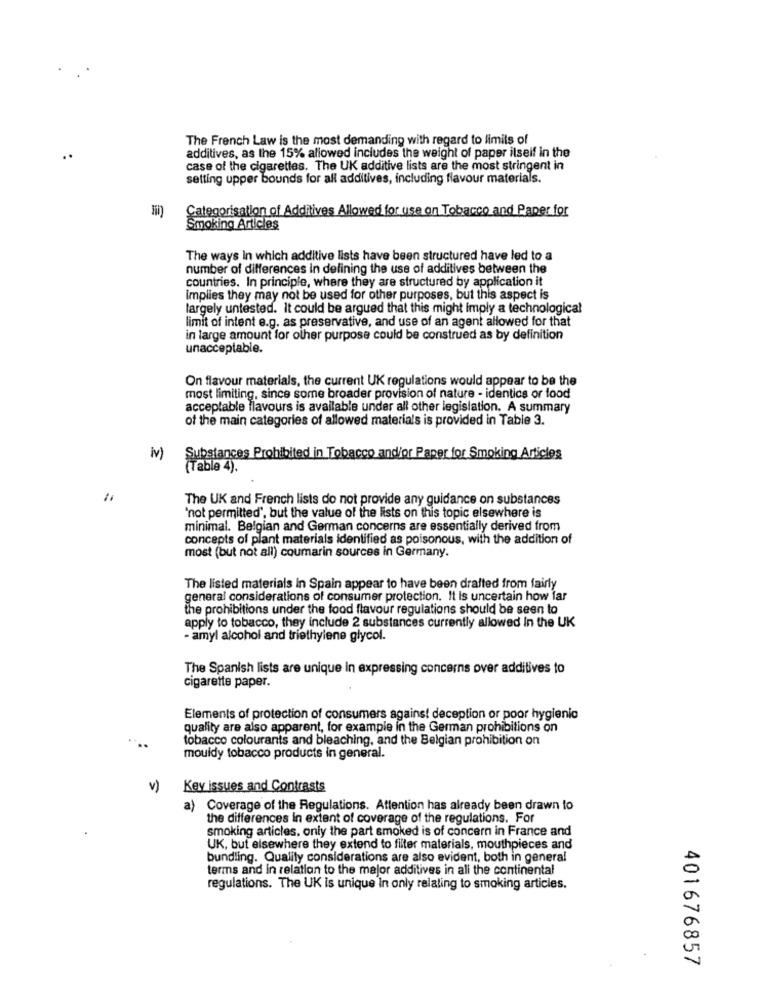
The French Law is the most demanding with regard to limits of
additives, as the 15% allowed includes the weight of paper itself in the
..
case of the cigarettes. The UK additive lists are the most stringent in
setting upper bounds for all additives, including flavour materials.
Categorisation of Additives Allowed for use on Tobacco and Paper for
Smoking Articles
The ways In which additive lists have been structured have led to a
number of differences in defining the use of additives between the
countries. In principle, where they are structured by application it
implies they may not be used for other purposes, but this aspect is
largely untested. It could be argued that this might Imply a technological
limit of intent e.g. as preservative, and use of an agent allowed for that
in large amount for other purpose could be construed as by definition
unacceptable.
On flavour materials, the current UK regulations would appear to be the
most limiting, since some broader provision of nature - identics or food
acceptable flavours is available under all other legislation. A summary
of the main categories of allowed materials is provided in Table 3.
iv)
Substances Prohibited in Tobacco and/or Paper for Smoking Articles
(Table 4).
The UK and French lists do not provide any guidance on substances
"not permitted", but the value of the lists on this topic elsewhere is
minimal. Belgian and German concerns are essentially derived from
concepts of plant materials identified as poisonous, with the addition of
most (but not all) coumarin sources in Germany.
The listed materials in Spain appear to have been drafted from fairly
general considerations of consumer protection. It Is uncertain how far
the prohibitions under the food flavour regulations should be seen to
apply to tobacco, they include 2 substances currently allowed In the UK
- amyl alcohol and triethylene glycol.
The Spanish lists are unique in expressing concerns over additives to
cigarette paper.
Elements of protection of consumers agains! deception or poor hygienic
quality are also apparent, for example in the German prohibitions on
tobacco colourants and bleaching, and the Belgian prohibition on
mouldy tobacco products in general.
v)
Key issues and Contrasts
a) Coverage of the Regulations. Attention has already been drawn to
the differences in extent of coverage of the regulations. For
smoking articles, only the part smoked is of concern in France and
UK, but elsewhere they extend to filter materials, mouthpieces and
bundling. Quality considerations are also evident, both in general
terms and in relation to the major additives in all the continental
regulations. The UK is unique In only relating to smoking articles.
401676857